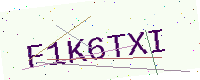
Text: F1K6TXI